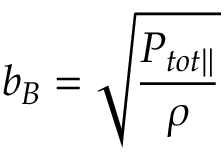
b _ { B } = \sqrt { \frac { P _ { t o t \| } } { \rho } }